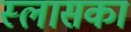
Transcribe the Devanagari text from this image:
स्लासका